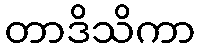
တာဒိသိကာ